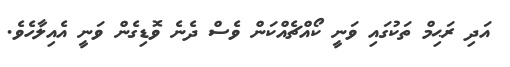
އަދި ރަޙިމް ތަކުގައި ވަނީ ކޯއްޗެއްކަން ވެސް ދެނެ ވޮޑިގެން ވަނީ އެއިލާހެވެ.